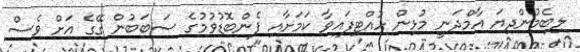
ލިބެމުންދިޔަ އާމްދަނީ މުޅިން ހުއްޓިފައިވާ ކަމަށާއި ފެންބޮޑުވުމުގެ ސަބަބުން ގޭގެ އަށް ވެސް